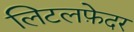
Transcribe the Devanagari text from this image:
लिटलफ़ेदर